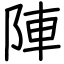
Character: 陣